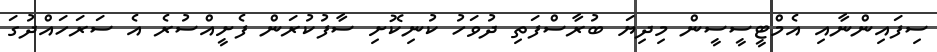
ސިފައިންނާއި އެމްޓީސީސީން މިދިޔަ ބުރާސްފަތި ދުވަހު ކުނިކޮށި ސާފުކުރަން ފެށީއްސުރެ އެ ސަރަހައްދުގަ